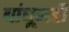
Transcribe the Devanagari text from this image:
बांधूनही